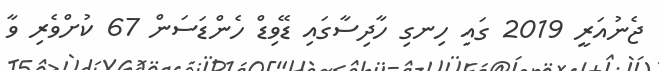
ޖެނުއަރީ 2019 ގައި ހިނގި ހާދިސާގައި ޑޭވިޑް ހެންޑަސަން 67 ކުށްވެރި ވާ